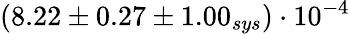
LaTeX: (8.22\pm 0.27\pm 1.00_{sys})\cdot 10^{-4}